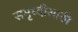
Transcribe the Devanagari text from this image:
समृध्दीसाठी